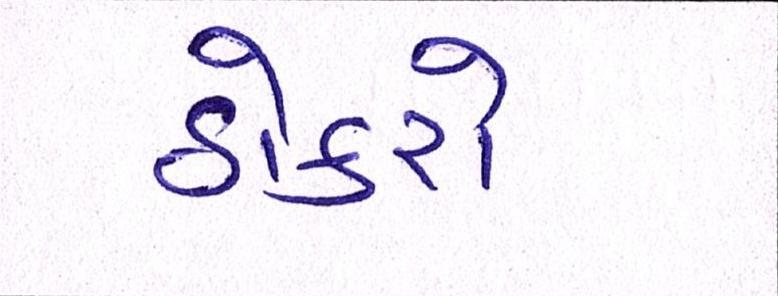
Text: ઠોકરો